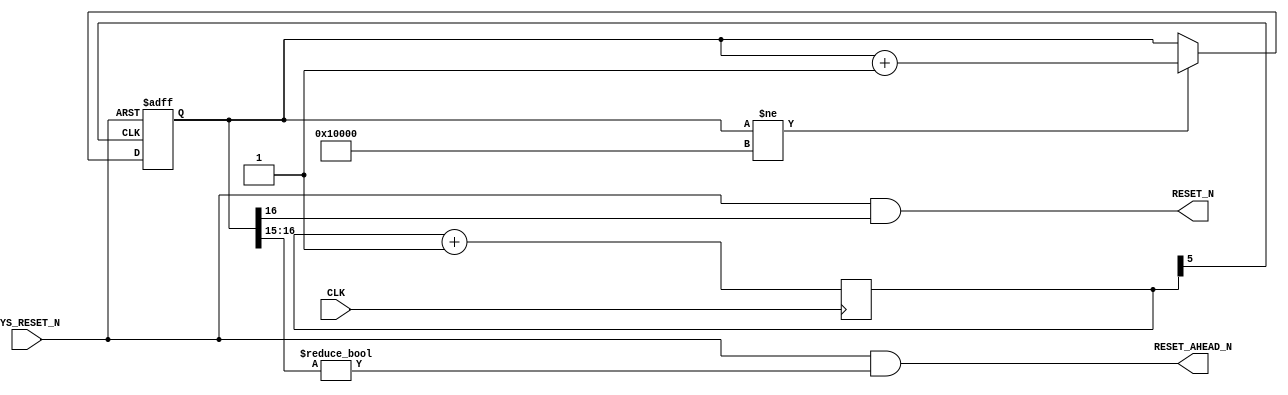
/*

CLK  50MHz 

RESET_N			 50MHz/32/65536 = 23.84HZ  0.0419s
RESET_AHEAD_N	 0.0209s

*/

module RESET_DE(
	CLK,			// 50MHz
	SYS_RESET_N,
	RESET_N,		// 50MHz/32/65536
	RESET_AHEAD_N	//  FLASH_RESET_N
);


input				CLK;
input				SYS_RESET_N;
output				RESET_N;
output				RESET_AHEAD_N;


wire	RESET_N;
wire	RESET_AHEAD_N;

reg		[5:0]		CLK_CNT;
reg		[16:0]		RESET_COUNT;

wire	RESET_COUNT_CLK;
wire	RESET_DE_N;
wire	RESET_AHEAD_DE_N;

assign RESET_COUNT_CLK = CLK_CNT[5];

assign RESET_DE_N = RESET_COUNT[16]!=1'b0;
assign RESET_N = SYS_RESET_N && RESET_DE_N;

assign RESET_AHEAD_DE_N = RESET_COUNT[16:15]!=2'b00;
assign RESET_AHEAD_N = SYS_RESET_N && RESET_AHEAD_DE_N;

`ifdef SIMULATE
initial
	begin
		CLK_CNT = 6'b0;
	end
`endif

// 50MHz/32 = 1.5625MHz
always @ (posedge CLK)
	CLK_CNT <= CLK_CNT+1;

// 50MHz/32/65536 = 23.84HZ
always @ (posedge RESET_COUNT_CLK or negedge SYS_RESET_N)
begin
	if(~SYS_RESET_N)
	begin
		RESET_COUNT <= 17'h00000;
	end
	else
	begin
		if(RESET_COUNT!=17'h10000)
			RESET_COUNT <= RESET_COUNT+1;

	end
end

endmodule